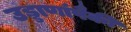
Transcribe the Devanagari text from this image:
उड्डाणांपैकी